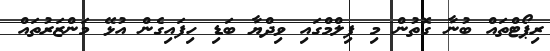
ރިޕޯޓްތައް ބުނާ ގޮތުން މި ފިލްމްގައި ވިދްޔާ ބަޑި ހިފައިގެން އުޅޭ މަންޒަރުތައް